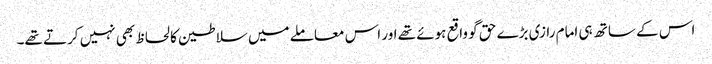
اس کے ساتھ ہی امام رازی بڑے حق گو واقع ہوئے تھے اور اس معاملے میں سلاطین کا لحاظ بھی نہیں کرتے تھے۔